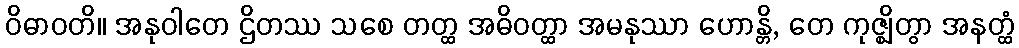
ဝိဓာဝတိ။ အနုဝါတေ ဌိတဿ သစေ တတ္ထ အဓိဝတ္ထာ အမနုဿာ ဟောန္တိ, တေ ကုဇ္ဈိတွာ အနတ္ထံ